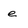
Character: e